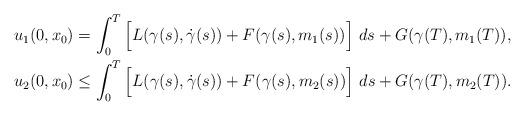
LaTeX: \begin{align*}u_1(0,x_0)&=\int_0^{T} \Big[L(\gamma(s),\dot \gamma(s))+ F(\gamma(s), m_1(s))\Big]\ ds +G(\gamma(T),m_1(T)),\\u_2(0,x_0)&\leq \int_0^{T} \Big[L(\gamma(s),\dot \gamma(s))+ F(\gamma(s), m_2(s))\Big]\ ds+G(\gamma(T),m_2(T)).\end{align*}